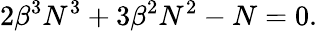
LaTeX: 2\beta^{3}N^{3}+3\beta^{2}N^{2}-N=0.